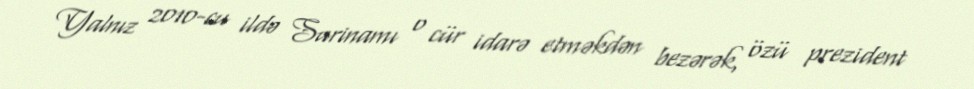
Yalnız 2010-cu ildə Surinamı o cür idarə etməkdən bezərək, özü prezident